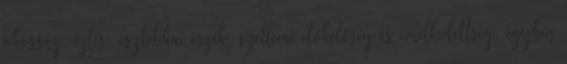
okosság, ízlés, esztétikai érzék, szellemi előkelőség és emelkedettség, egyben